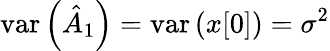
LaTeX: \mathrm{var}\left({\hat{A}}_{1}\right)=\mathrm{var}\left(x[0]\right)=\sigma^{2}